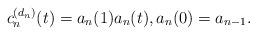
LaTeX: \begin{gather*} c_n^{(d_n)}(t) =a_n(1) a_n(t), a_{n}(0)= a_{n-1}. \end{gather*}